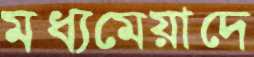
মধ্যমেয়াদে